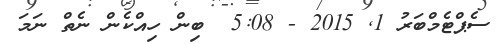
ސެޕްޓެމްބަރު 1